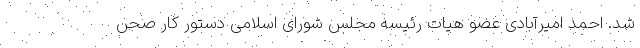
شد. احمد امیرآبادی عضو هیات رئیسه مجلس شورای اسلامی دستور کار صحن